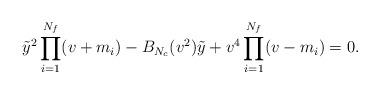
LaTeX: \begin{align*}\tilde{y}^2\prod_{i=1}^{N_f}(v+m_i)-B_{N_c}(v^2)\tilde{y}+v^4\prod_{i=1}^{N_f}(v-m_i)=0.\end{align*}